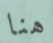
هنا